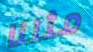
مثلنا